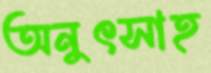
অনুৎসাহ